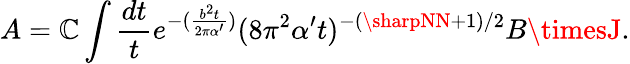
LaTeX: A=\mathbb{C}\int\frac{{dt}}{{t}}e^{-(\frac{{b^{2}t}}{{2\pi\alpha^{\prime}}})}(8\pi^{2}\alpha^{\prime}t)^{-(\sharpNN+1)/2}B\timesJ.